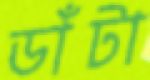
ডাঁটা